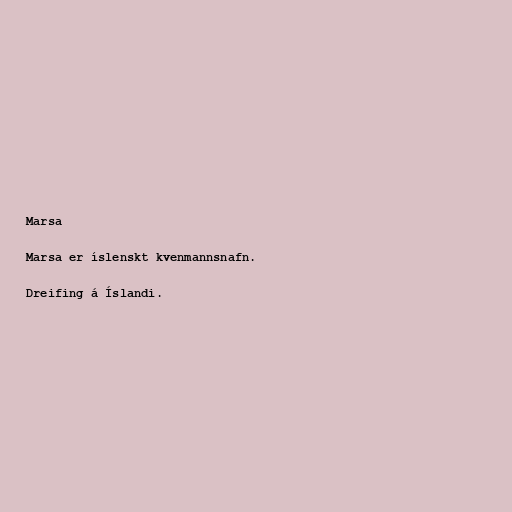
Marsa

Marsa er íslenskt kvenmannsnafn.

Dreifing á Íslandi.